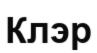
Клэр